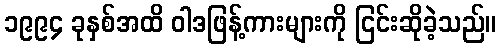
၁၉၉၄ ခုနှစ်အထိ ဝါဒဖြန့်ကားများကို ငြင်းဆိုခဲ့သည်။